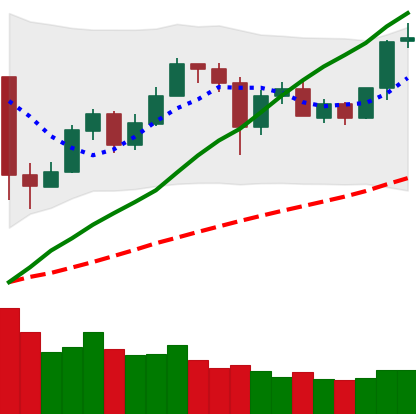
Ticker: ETH-USD
Chart end date: 2020-05-29
Forward return: 10.651%
Label: up_7plus